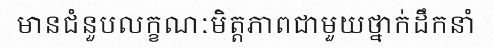
មានជំនួបលក្ខណៈមិត្តភាពជាមួយថ្នាក់ដឹកនាំ